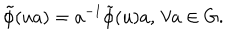
\tilde { \phi } ( u a ) = a ^ { - 1 } \tilde { \phi } ( u ) a , \, \forall a \in G .